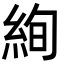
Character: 絢